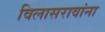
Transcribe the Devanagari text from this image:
विलासरावांना